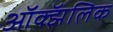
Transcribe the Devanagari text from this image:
ऑक्झॅलिक